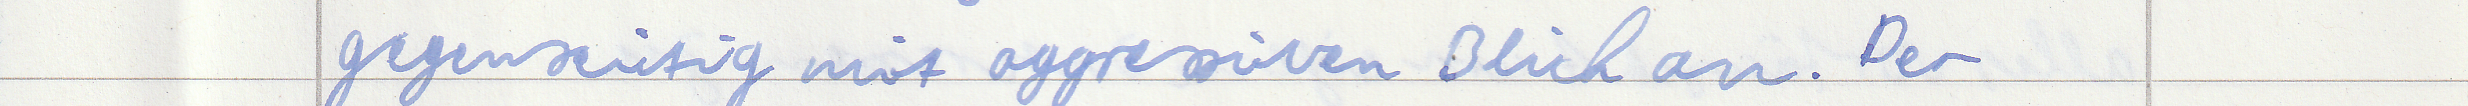
gegenseitig mit aggressiven Blick an. Der